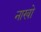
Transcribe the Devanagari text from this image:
नाखो